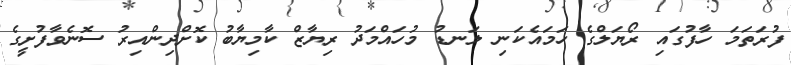
ފުރަތަމަ ހާފުގައި ރޯޔަލްގެ ހަމައެކަނި ލަނޑު މުހައްމަދު ރިޔާޒް ކާމިޔާބު ކޮށްދިންއިރު ސޮނެވާފުށީގެ